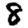
Digit: 8